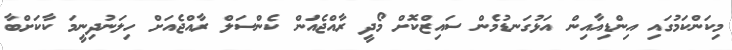
މިކަންކަމުގައި އިންޑިއާއިން އަޅުގަނޑުމެން ސައިޒްކޮށް މޯދީ ރާއްޖެއަުން ކެންސަލް ރާއްޖެއަށް ހިލަނުދިނީމަ ކާކަށްބާ